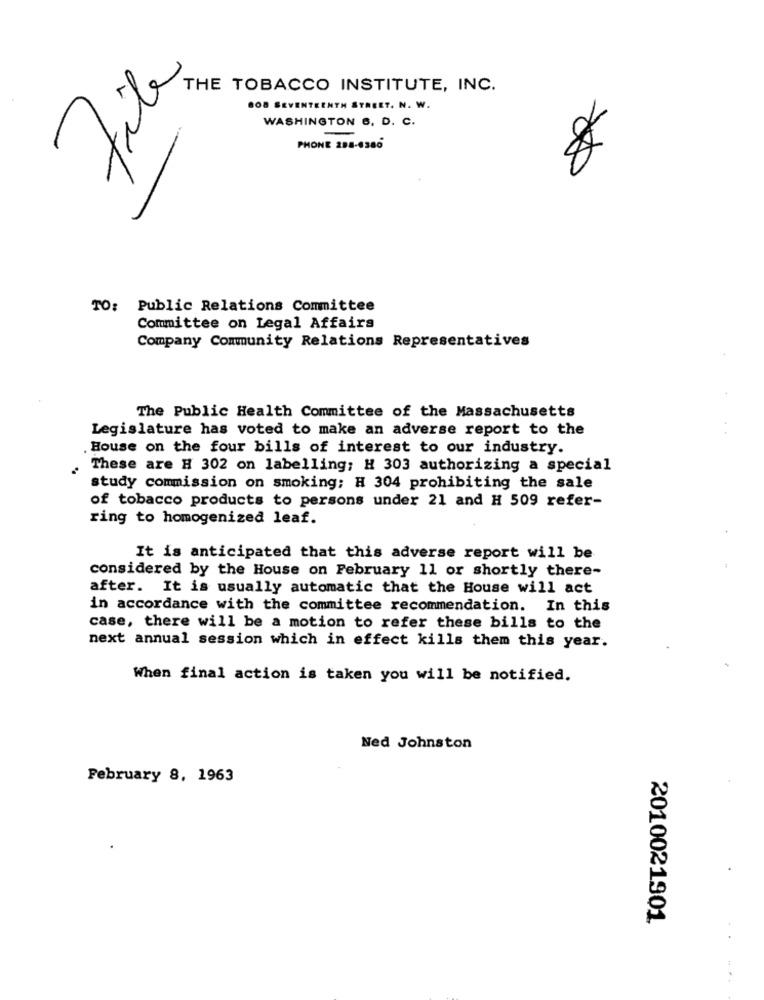
tile
THE TOBACCO INSTITUTE, INC.
BOB SEVENTEENTH STREET. N. W.
WASHINGTON 6, D. C.
PHONE 288-6386
TO: Public Relations Committee
Committee on Legal Affairs
Company Community Relations Representatives
The Public Health Committee of the Massachusetts
Legislature has voted to make an adverse report to the
. House on the four bills of interest to our industry.
These are H 302 on labelling; H 303 authorizing a special
study commission on smoking; H 304 prohibiting the sale
of tobacco products to persons under 21 and H 509 refer-
ring to homogenized leaf.
It is anticipated that this adverse report will be
considered by the House on February 11 or shortly there-
after. It is usually automatic that the House will act
in accordance with the committee recommendation. In this
case, there will be a motion to refer these bills to the
next annual session which in effect kills them this year.
When final action is taken you will be notified.
Ned Johnston
February 8, 1963
2010021901